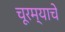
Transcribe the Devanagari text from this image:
चूरम्याचे